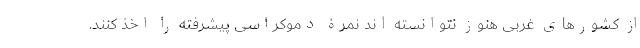
از کشورهای غربی هنوز نتوانسته اند نمرۀ دموکراسی پیشرفته را اخذ کنند.